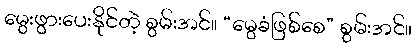
မွေးဖွားပေးနိုင်တဲ့ စွမ်းအင်။ “မွေခံဖြစ်စေ” စွမ်းအင်။